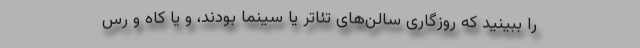
را ببینید که روزگاری سالن‌های تئاتر یا سینما بودند، و یا کاه و رس